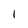
Character: 1